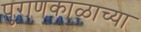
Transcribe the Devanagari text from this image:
पुराणकाळाच्या